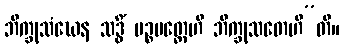
ဘိက္ခုသံဃေန သဒ္ဓိံ ပဉ္စမတ္တေဟိ ဘိက္ခုသတေဟီ”တိ။